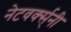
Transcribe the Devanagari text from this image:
नेटवर्क्स्‌नी